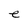
Character: e